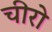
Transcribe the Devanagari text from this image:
चीरो